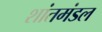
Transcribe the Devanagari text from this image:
शांतमंडल